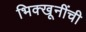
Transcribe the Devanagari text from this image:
भिक्खूनींची